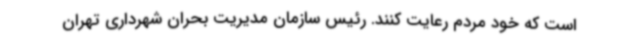
است که خود مردم رعایت کنند. رئیس سازمان مدیریت بحران شهرداری تهران